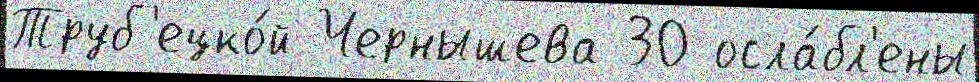
Труб'ецко́й Чернышева 30 осла́бл'ены